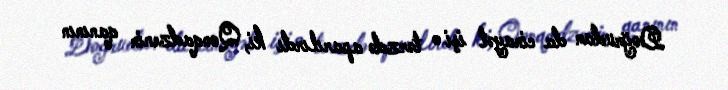
Doğrudan da cinayət işi o tərzdə aparılırdı ki, Qonqadzenin qanının